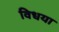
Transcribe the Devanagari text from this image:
विधया